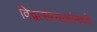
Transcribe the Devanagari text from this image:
विद्वत्संन्याशांमध्ये